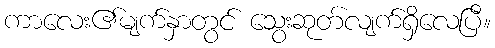
ကာလေး၏မျက်နှာတွင် သွေးဆုတ်လျက်ရှိလေပြီ။